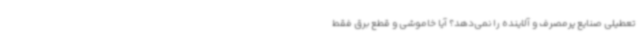
تعطیلی صنایع پرمصرف و آلاینده را نمی‌دهد؟ آیا خاموشی و قطع برق فقط